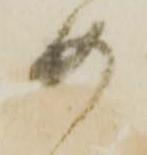
め